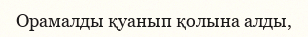
Орамалды қуанып қолына алды,